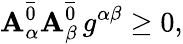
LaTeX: \mathbf{A}_{\alpha}^{\overline{{{{0}}}}}\mathbf{A}_{\beta}^{\overline{{{{0}}}}}\, g^{\alpha\beta}\ge0,